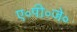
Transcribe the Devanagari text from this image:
ए॰पी॰जे॰